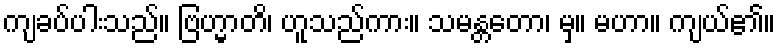
ကျခပ်ပါးသည်။ ဗြဟ္မာတိ၊ ဟူသည်ကား။ သမန္တတော၊ မှ။ မဟာ။ ကျယ်၏။